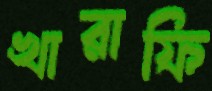
খারাফি